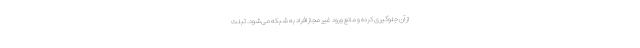
از آن جلوگیری کرده و مانع ورود غیر مجاز افراد به شبکه می‌شود. تبلت